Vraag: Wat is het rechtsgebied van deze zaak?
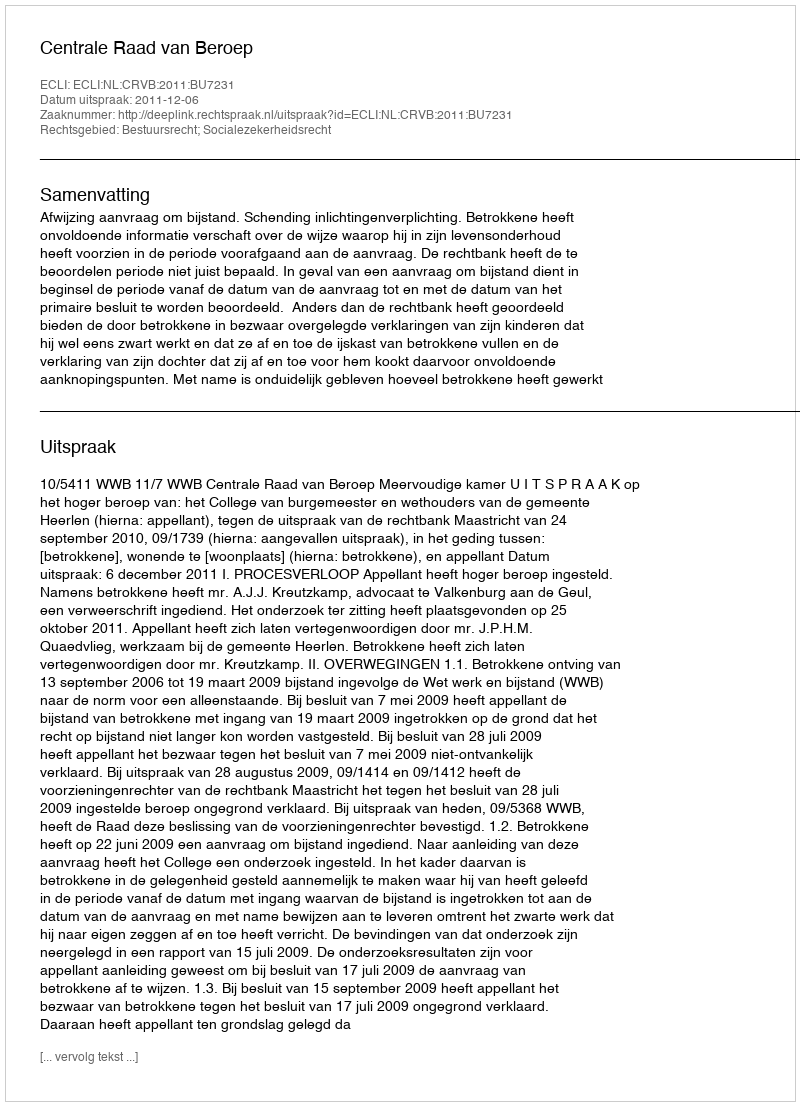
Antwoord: Bestuursrecht; Socialezekerheidsrecht